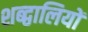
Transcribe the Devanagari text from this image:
शब्द्वालियों